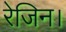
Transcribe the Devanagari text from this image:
रेजिन।